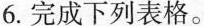
6.完成下列表格。